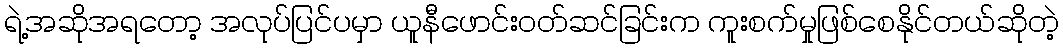
ရဲ့အဆိုအရတော့ အလုပ်ပြင်ပမှာ ယူနီဖောင်းဝတ်ဆင်ခြင်းက ကူးစက်မှုဖြစ်စေနိုင်တယ်ဆိုတဲ့